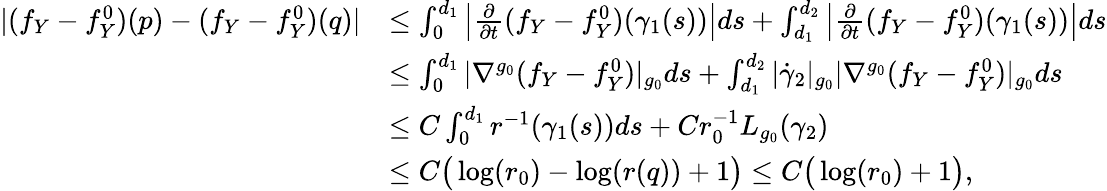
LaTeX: \begin{array}{rl}{|(f_{Y}-f_{Y}^{0})(p)-(f_{Y}-f_{Y}^{0})(q)|}&{\leq\int_{0}^{d_{1}}\left|\frac{\partial}{\partial t}(f_{Y}-f_{Y}^{0})(\gamma_{1}(s))\right|ds+\int_{d_{1}}^{d_{2}}\left|\frac{\partial}{\partial t}(f_{Y}-f_{Y}^{0})(\gamma_{1}(s))\right|ds}\\ &{\leq\int_{0}^{d_{1}}|\nabla^{g_{0}}(f_{Y}-f_{Y}^{0})|_{g_{0}}ds+\int_{d_{1}}^{d_{2}}|\dot{\gamma}_{2}|_{g_{0}}|\nabla^{g_{0}}(f_{Y}-f_{Y}^{0})|_{g_{0}}ds}\\ &{\leq C\int_{0}^{d_{1}}r^{-1}(\gamma_{1}(s))ds+Cr_{0}^{-1}L_{g_{0}}(\gamma_{2})}\\ &{\leq C\big(\log(r_{0})-\log(r(q))+1\big)\leq C\big(\log(r_{0})+1\big),}\end{array}